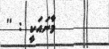
މާނައަކީ : ''